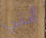
أنني